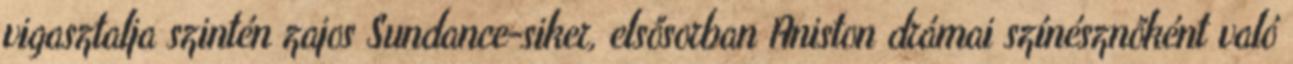
vigasztalja szintén zajos Sundance-siker, elsősorban Aniston drámai színésznőként való